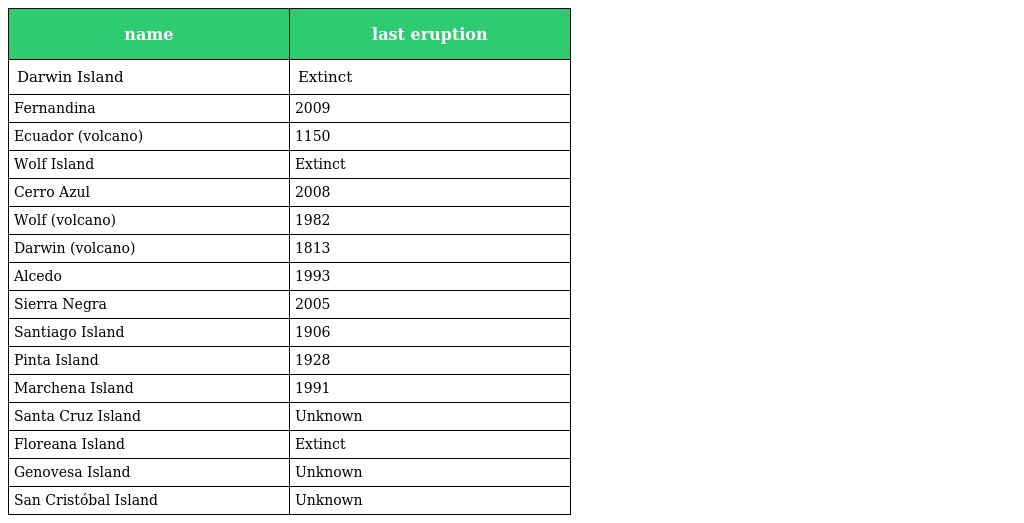
| name | last eruption |
 | --- | --- |
 | Darwin Island | Extinct |
 | Fernandina | 2009 |
 | Ecuador (volcano) | 1150 |
 | Wolf Island | Extinct |
 | Cerro Azul | 2008 |
 | Wolf (volcano) | 1982 |
 | Darwin (volcano) | 1813 |
 | Alcedo | 1993 |
 | Sierra Negra | 2005 |
 | Santiago Island | 1906 |
 | Pinta Island | 1928 |
 | Marchena Island | 1991 |
 | Santa Cruz Island | Unknown |
 | Floreana Island | Extinct |
 | Genovesa Island | Unknown |
 | San Cristóbal Island | Unknown |